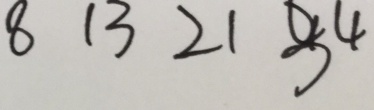
8 1 3 2 1 3 4